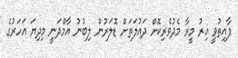
ފާއިތުވީ އިރު މީރާ މެދުވެރިކޮށް ދައުލަތަށް ޑޮލަރުން ލިބުނު އާމްދަނީ މިދިޔަ އަހަރުގެ